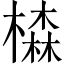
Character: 𣛧